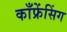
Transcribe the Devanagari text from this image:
काँफ्रेंसिंग